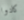
كادوا